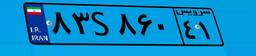
۸۳S۸۶۰۴۱